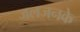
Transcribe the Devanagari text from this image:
जलजनके